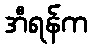
အီရန်က